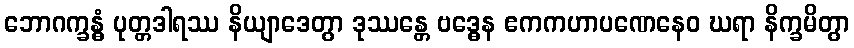
ဘောဂက္ခန္ဓံ ပုတ္တဒါရဿ နိယျာဒေတွာ ဒုဿန္တေ ဗဒ္ဓေန ဧကကဟာပဏေနေဝ ဃရာ နိက္ခမိတွာ